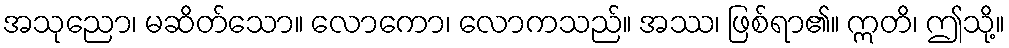
အသုညော၊ မဆိတ်သော။ လောကော၊ လောကသည်။ အဿ၊ ဖြစ်ရာ၏။ ဣတိ၊ ဤသို့။